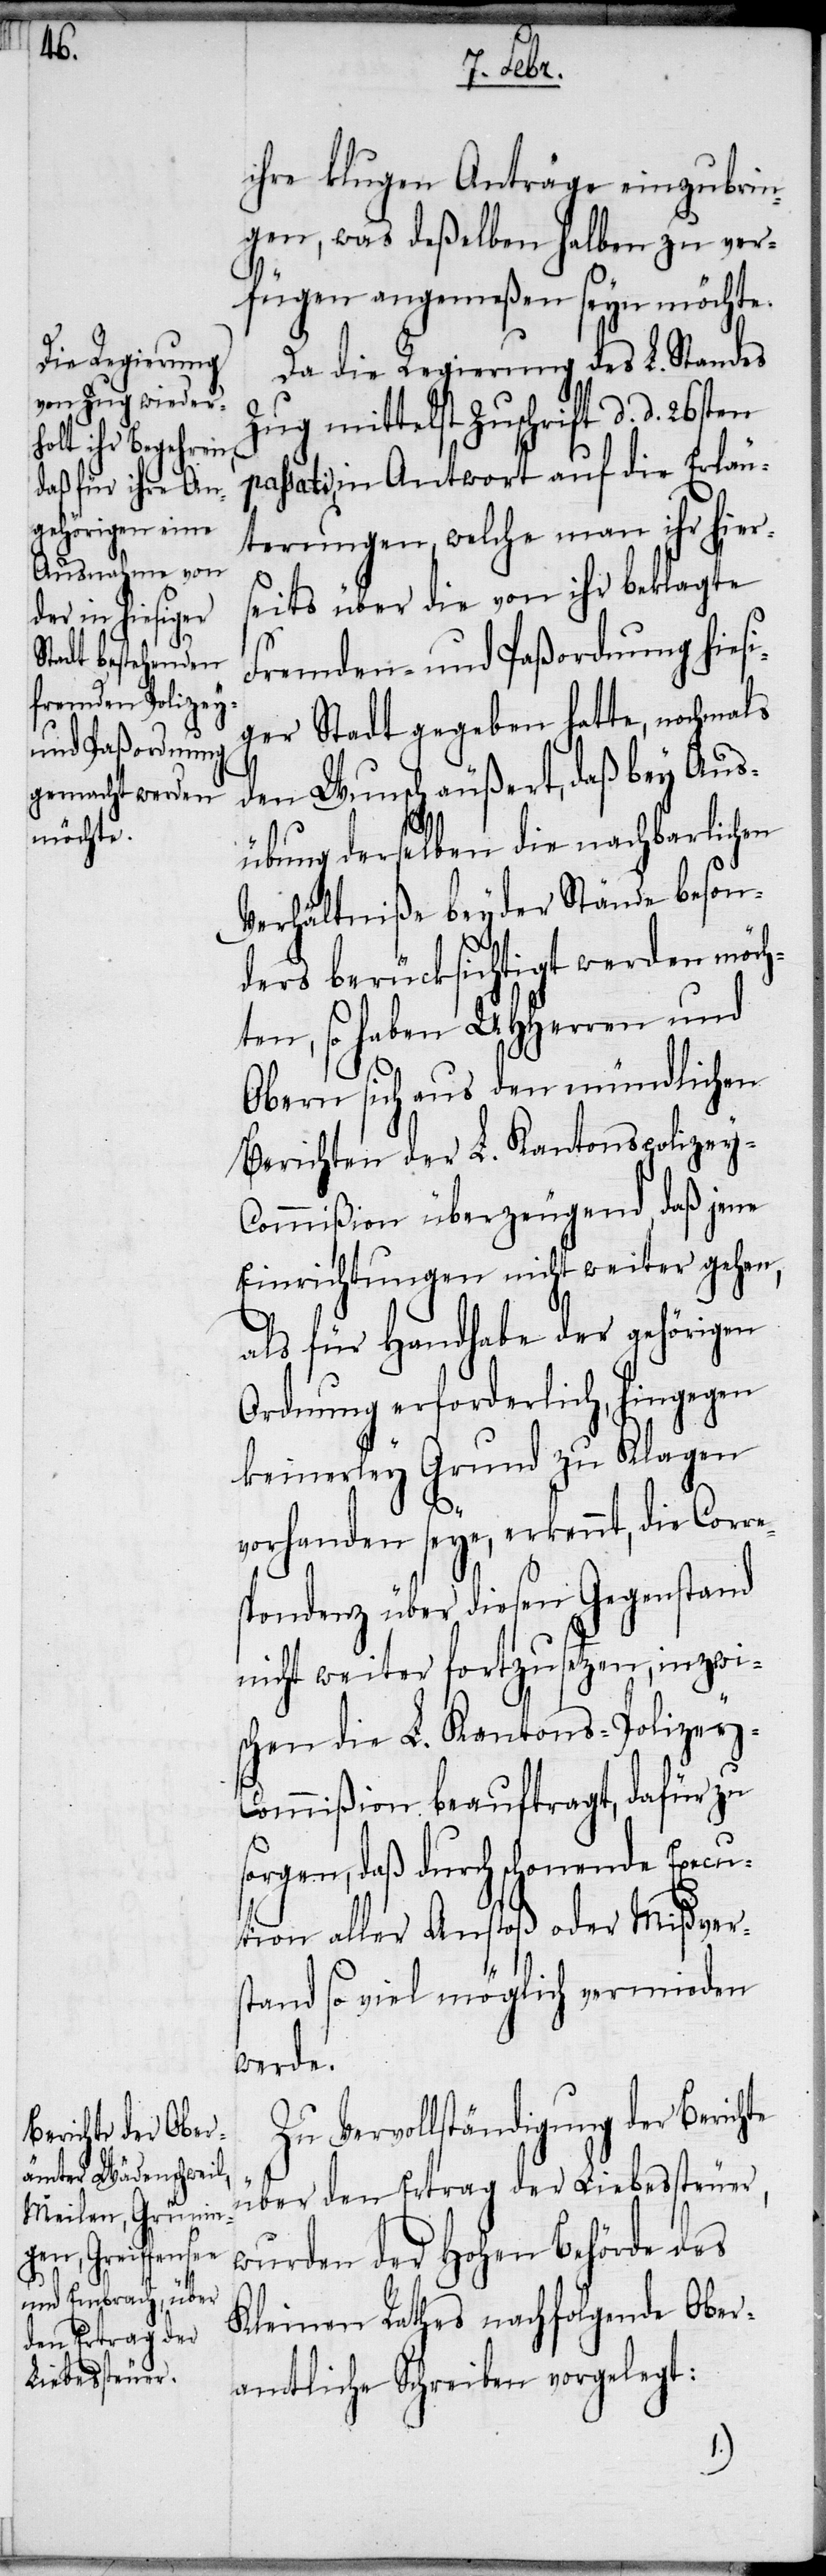
p¬
ihre klugen Anträge einzubrin¬
gen, was deßelben halben zu ver¬
fügen angemeßen seyn möchte.
Da die Regierung des L. Standes
Zug mittelst Zuschrift d. d. 26sten
assati, in Antwort auf die Erläu¬
terungen, welche man ihr hier¬
seits über die von ihr beklagte
Fremden- und Paßordnung hiesi¬
ger Stadt gegeben hatte, nochmals
den Wunsch äußert, daß bey Aus¬
übung derselben die nachbarlichen
Verhältniße beyder Stände beson¬
ders berücksichtigt werden möch¬
ten, so haben UHHerren und
Obern sich aus den mündlichen
Berichten der L. Kantonspolizey-C¬
ommißion überzeugend, daß jene
Einrichtungen nicht weiter gehen,
als für Handhabe der gehörigen
Ordnung erforderlich, hingegen
keinerley Grund zu Klagen
vorhanden seye, erkennt, die Corre¬
spondenz über diesen Gegenstand
nicht weiter fortzusetzen, inzwis¬
chen die L. Kantons-Polizey-C¬
ommißion beauftragt, dafür zu
sorgen, daß durch schonende Execu¬
tion aller Anstoß oder Mißver¬
stand so viel möglich vermieden
werde.
Zu Vervollständigung der Berichte
über den Ertrag der Liebessteuer,
wurden der Hohen Behörde des
Kleinen Rathes nachfolgende Ober¬
amtliche Schreiben vorgelegt: